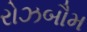
રોઝબૌમ